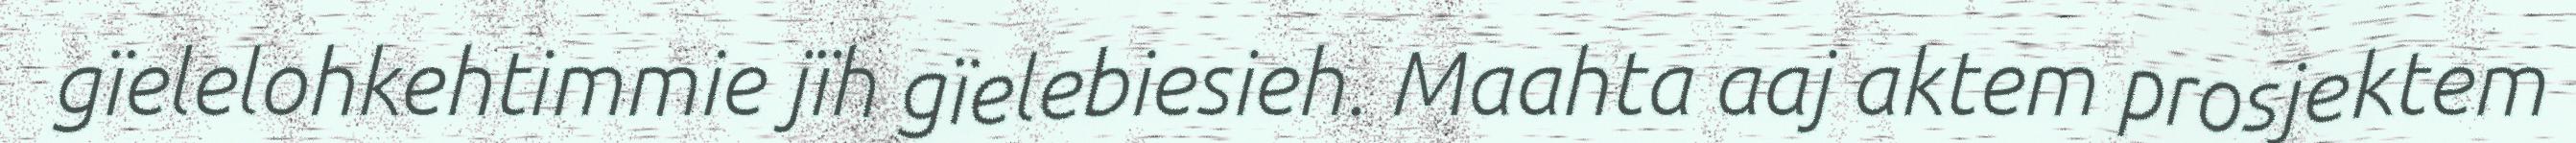
gïelelohkehtimmie jïh gïelebiesieh. Maahta aaj aktem prosjektem